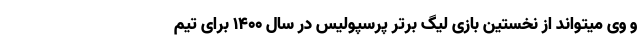
و وی میتواند از نخستین بازی لیگ برتر پرسپولیس در سال ۱۴۰۰ برای تیم